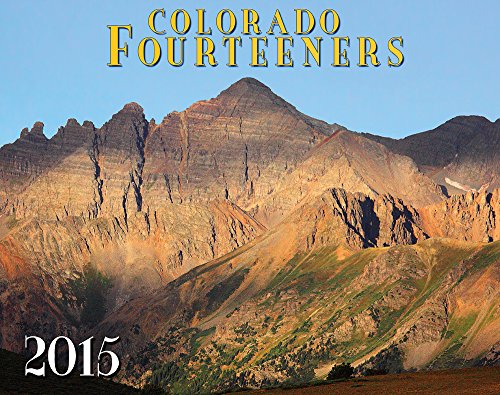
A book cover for Colorado Fourteeners 2015 Deluxe Wall Calendar; Todd Caudle & others; Calendars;